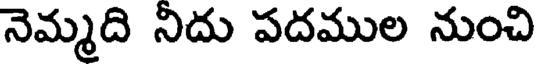
నెమ్మది నీదు పదముల నుంచి